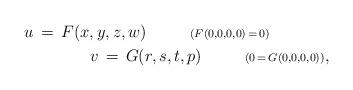
LaTeX: \begin{align*}u\,=\,F(x,y,z,w)\ \ \ \ \ \ \ \ {\scriptstyle{(F(0,0,0,0)\,=\,0)}}\ \ \ \ \ \ \ \ \ \ \ \\ \ \ \ \ \ \ \ \ \ \ \ v\,=\,G(r,s,t,p)\ \ \ \ \ \ \ \ {\scriptstyle{(0\,=\,G(0,0,0,0))}},\end{align*}